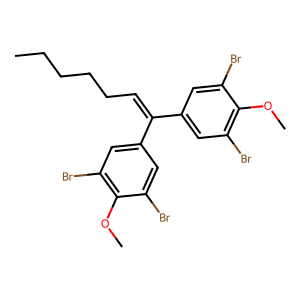
SMILES: CCCCCC=C(c1cc(Br)c(OC)c(Br)c1)c1cc(Br)c(OC)c(Br)c1
Inhibits HIV replication: No